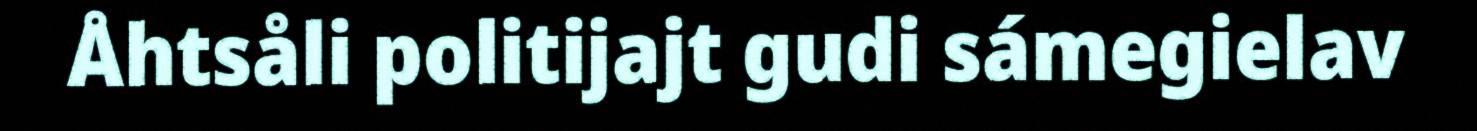
Åhtsåli politijajt gudi sámegielav